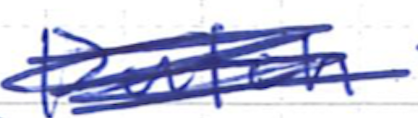
Text: Dutch
Cross-out: scratch
Writing tool: ballpoint